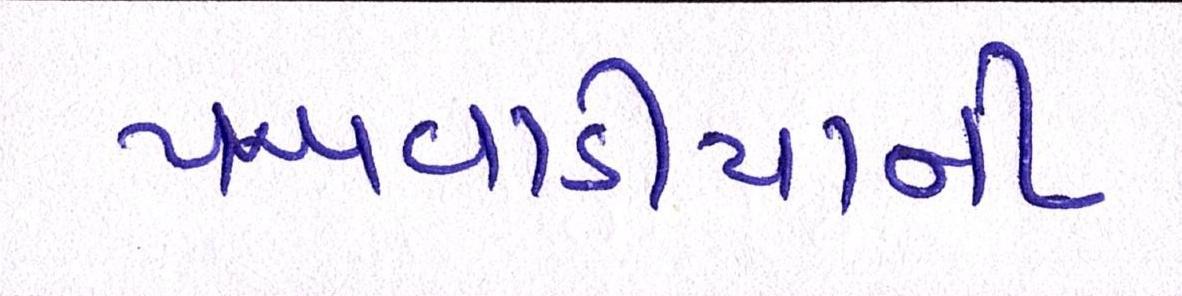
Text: પખવાડીયાની